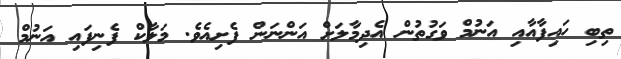
ތިބި ހައިފާއާއި އަނުމް ވަގުތުން އެދިމާލަށް އަންނަން ފެށިއެވެ. މަލާކް ފެނިފައި އަނުމް